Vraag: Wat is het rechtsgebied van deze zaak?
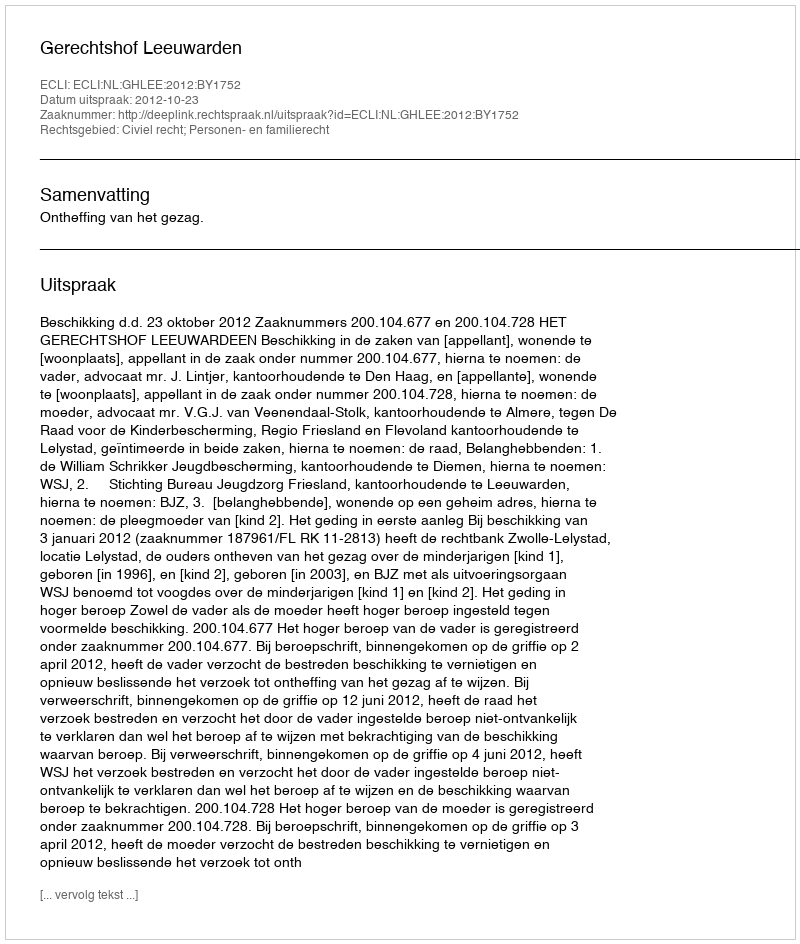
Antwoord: Civiel recht; Personen- en familierecht